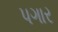
પગાર